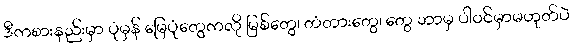
ဒီကစားနည်းမှာ ပုံမှန် မြေပုံတွေကလို မြစ်တွေ၊ တံတားတွေ၊ တွေ ဘာမှ ပါဝင်မှာမဟုတ်ပဲ